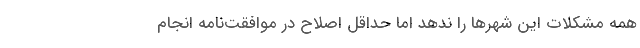
همه مشکلات این شهرها را ندهد اما حداقل اصلاح در موافقت‌نامه انجام